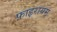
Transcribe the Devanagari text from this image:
फ़ाइरायम्